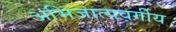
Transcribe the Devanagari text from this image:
अभिजात्यवर्गीय